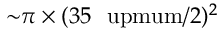
{ \sim } \pi \times ( 3 5 ~ \mathrm { \ u p m u m } / 2 ) ^ { 2 }